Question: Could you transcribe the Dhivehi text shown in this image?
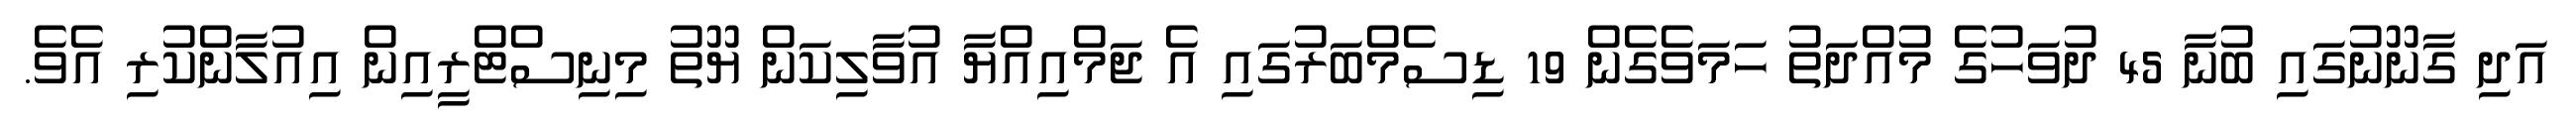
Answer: އަދި ގާނޫނުގައި ބުނާ 45 ދުވަހުގެ މުއްދަތު ހަމަވެގެން 19 ޑިސެމްބަރުގައި އެ ޖަމްއިއްޔާ އުވާލިކަން ޔޫތު މިނިސްޓްރީއިން އިއުލާންކުރި އެވެ.